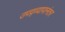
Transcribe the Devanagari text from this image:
उपद्व्यापानंतर